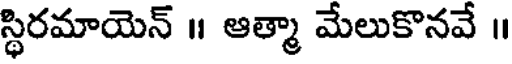
స్థిరమాయెన్ ॥ ఆత్మా మేలుకొనవే ॥